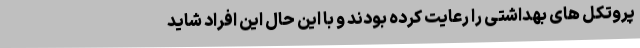
پروتکل های بهداشتی را رعایت کرده بودند و با این حال این افراد شاید